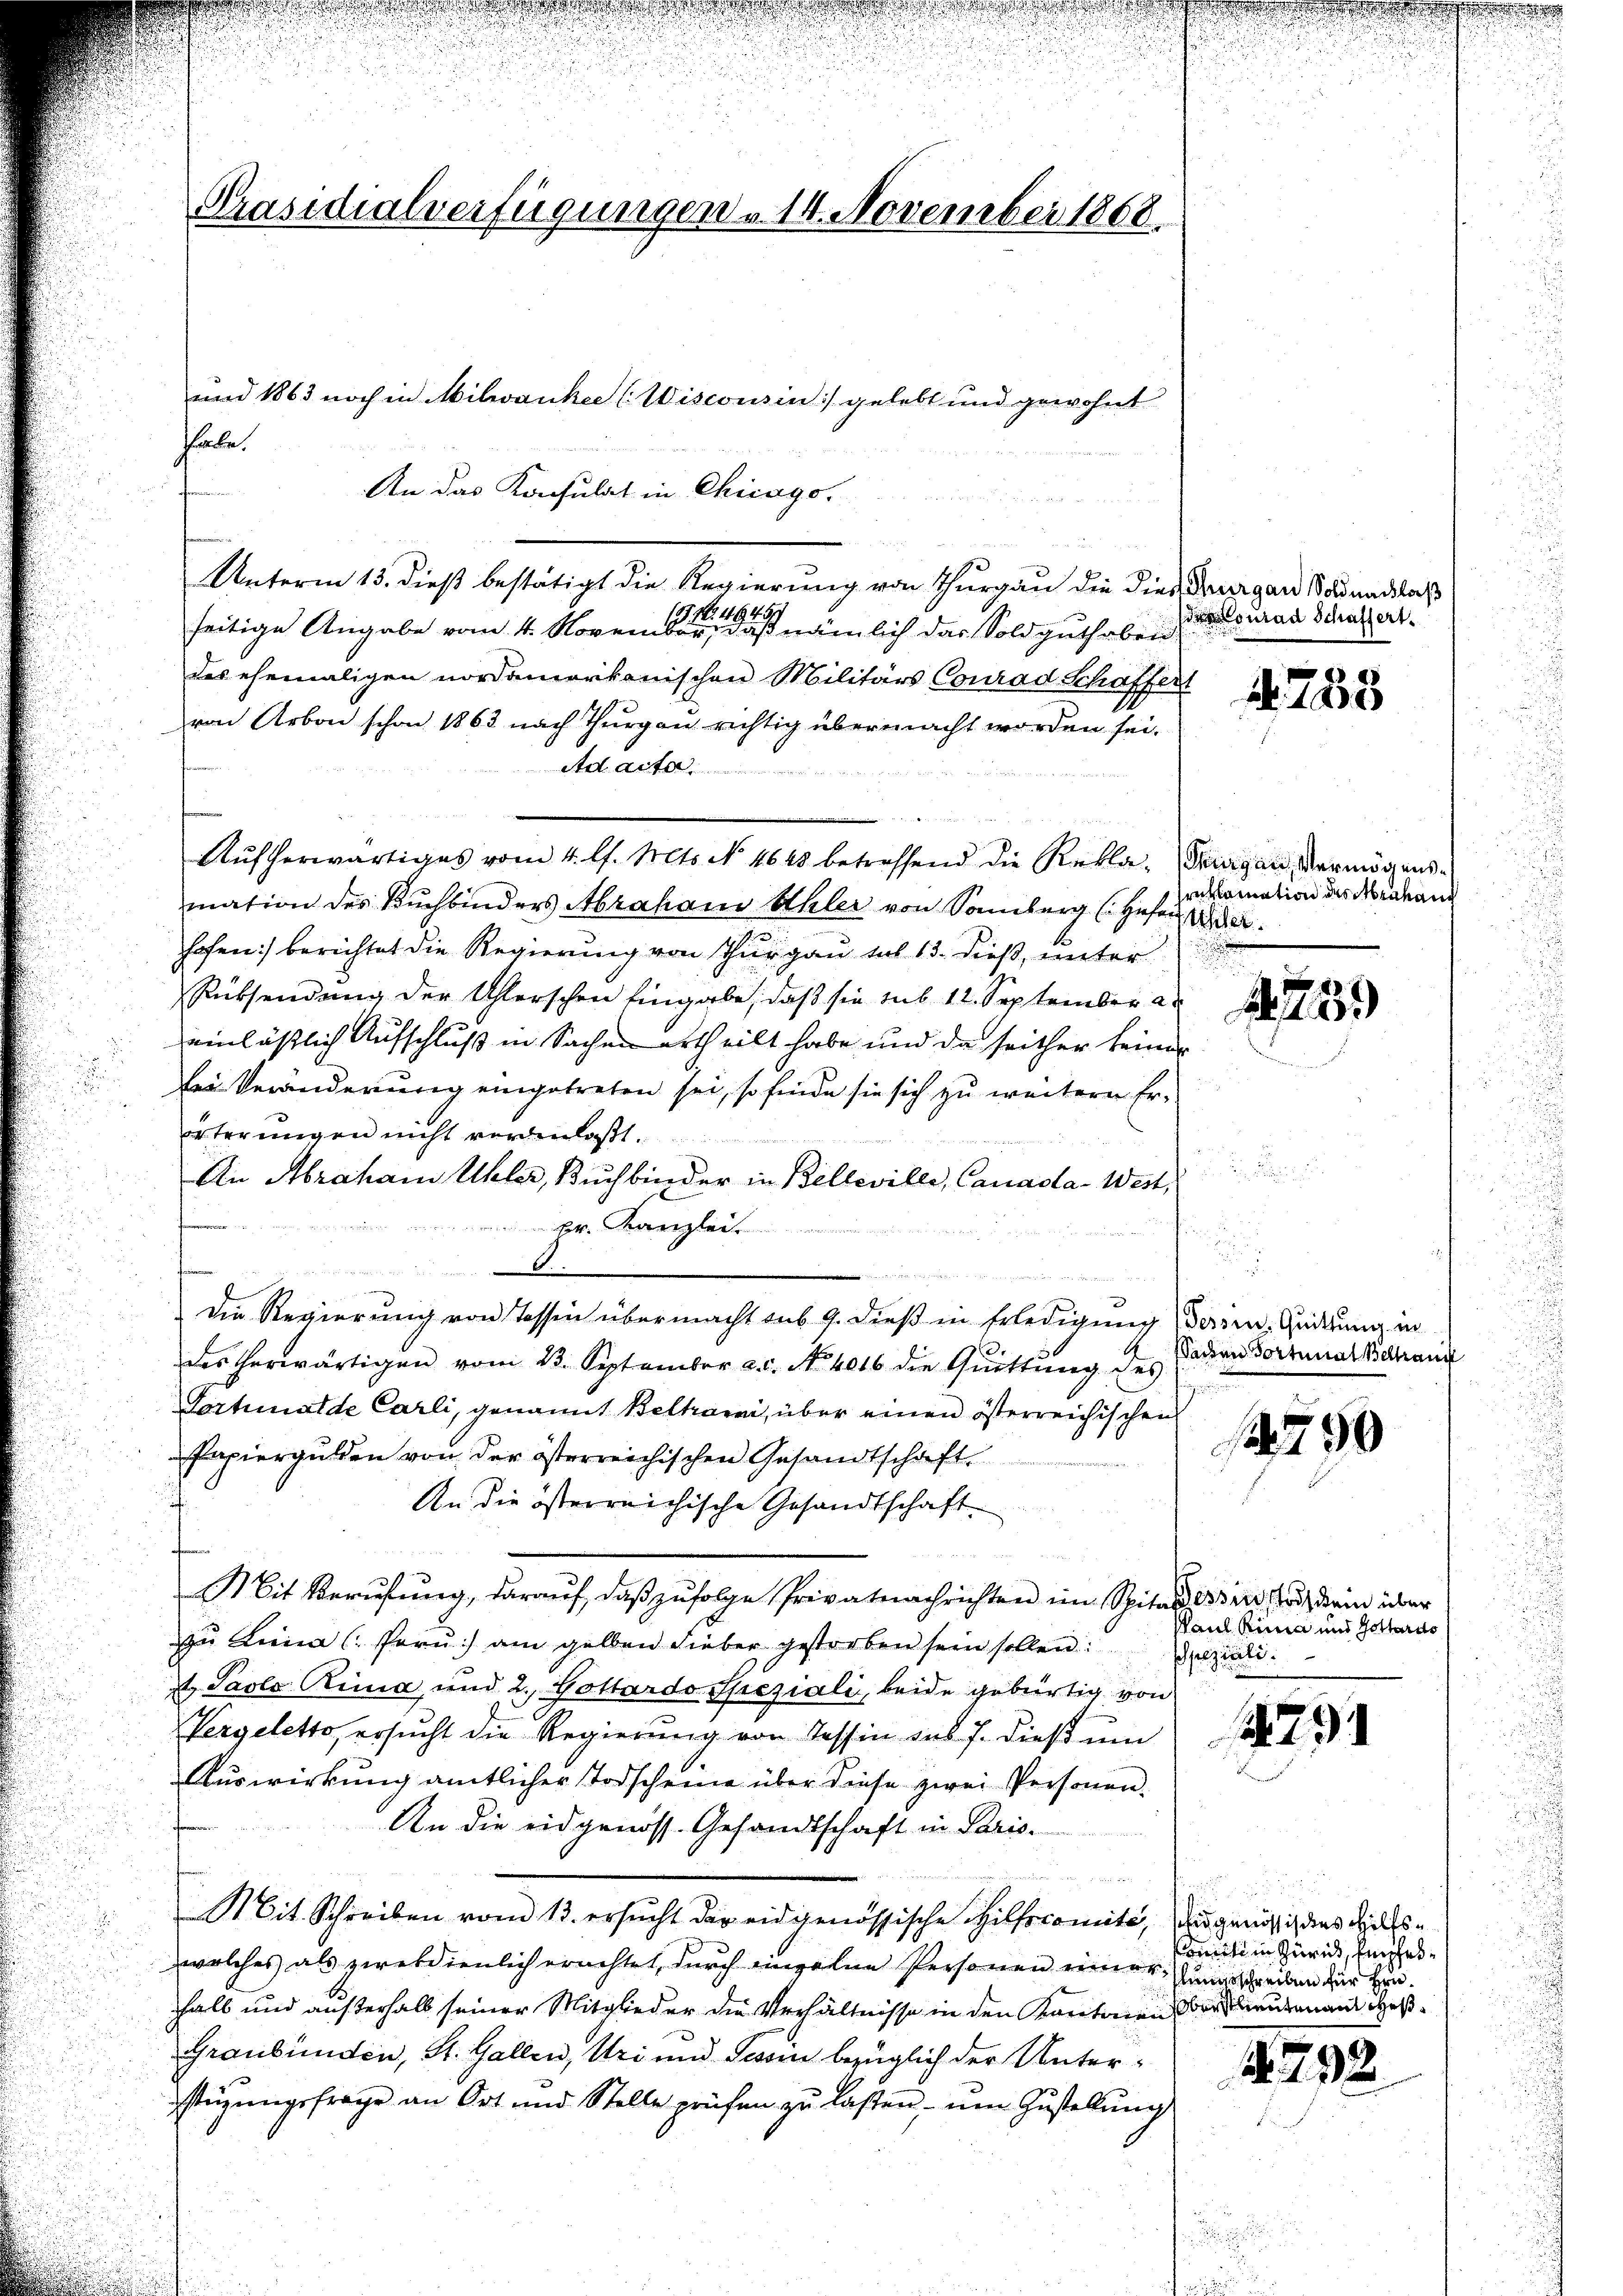
An das Konsulat in Chicago-
Unterm 13. dieß bestätigt die Regierung von Thurgau die dies drungen Soldanlaß
13 No 4645/
seitige Angabe vom 4. November, daß nämlich das Sold guthaben
des ehemaligen nordamerikanischen Militärs Conrad Schaffen
von Arbon schon 1863 nach Thurgau richtig übermacht worden sei.
Ad acter
mation des Buchbinders Abraham Ahler von Sonberg (Hefen der
hofen) berichtet die Regierung von Thurgau tut 13. dieß, unter
Rücksendung der Uhlerschen Eingabe, daß sie sub 12. September a
einlässlich Aufschluß in Sachen ertheilt habe und da seither keiner
lei Veränderung eingetreten sei, so finde sie sich zu weitern Erörterungen nicht veranlaßt.
An Abraham Uhler, Buchbinder in Belleville, Canada-Wert,

k. Kanzlei.
dirten Morge
t         eine geben ein
3
Die Regierung von Tassen übermacht sub 9. dieß in Erledigung
des herwärtigen vom 13. September a.c. No. 4016 die Qŭittŭng des
Portunade Carli, genannt Belhami, über einen österreichischen
Papiergulden von der österreichischen Gesandtschaft
An die österreichische Gesandtschaft
Mit Berufung, darauf, daß zufolge Privatnachrichten im Spital in so dein über
zu Lina (Paru) am gelben Lieber gestorben sein sollen
t Paolo Rina, und 2. Gottardo Speziali, beide gebürtig von
Pergeletto, ersucht die Regierung von Tessin sub 7. dieß um
Auswirkung amtlicher Todscheine über diese zwei Personen-
An die eidgenöss. Gesandtschaft in Paris
  .
Mit Schreiben vom 13. ersŭcht der eidgenössische Hilfscomite, zu genössig dies hieltswelches als zwekdienlich erachtet, durch einzelne Personen einer hungsschreiben für Hrn.
halb und außerhalb seiner Mitglieder die Verhältnisse in den Kantonen orderutenant deß¬
Graubünden, St. Gallen, Uri und Tessin bezüglich der Unterstüzungsfrage an Ort und Stelle prüfen zu laßen, um Zustellung

Präsidialverfügungen v. 14. November 1868.

habe.

und 1863 noch in Milwankee (Wiscousin) gelebt und gewohnt

Aŭfherwärtiges vom 4. l. Mts. No. 4643 betreffend die Rekla-

des Conrad Schaffert.

Tirgen, Vermögensreklamation des Mrahang

4758

39

Tessin, Quittung in
Sachen Fortunal Beltrang

750

Paul Rinia und Gottards
selziali

1791

iti in Zürick, Empfes¬

1298